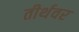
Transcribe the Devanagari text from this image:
तीर्थवर